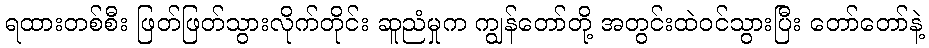
ရထားတစ်စီး ဖြတ်ဖြတ်သွားလိုက်တိုင်း ဆူညံမှုက ကျွန်တော်တို့ အတွင်းထဲဝင်သွားပြီး တော်တော်နဲ့